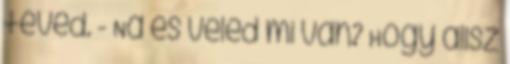
téved. - Na és veled mi van? Hogy állsz